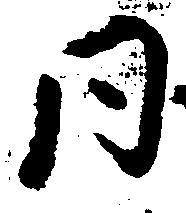
同